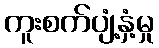
ကူးစက်ပျံ့နှံ့မှု